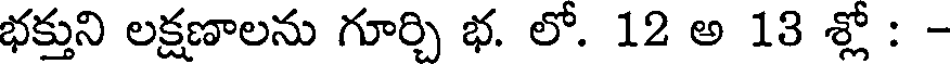
భక్తుని లక్షణాలను గూర్చి భ. లో. 12 అ 13 శ్లో : -